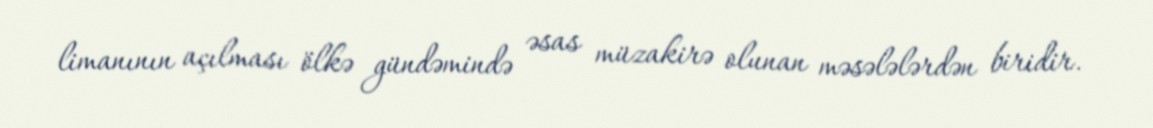
limanının açılması ölkə gündəmində əsas müzakirə olunan məsələlərdən biridir.